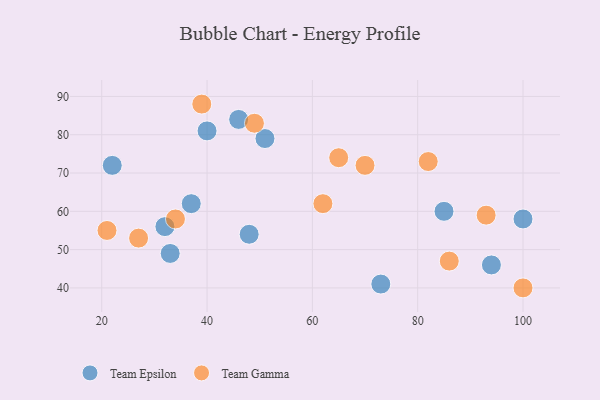
{"axis": {"x": "GDP", "y": "Life Expectancy"}, "legend": ["Team Epsilon", "Team Gamma"], "data": [{"x": "85", "y": 60, "type": "Team Epsilon"}, {"x": "46", "y": 84, "type": "Team Epsilon"}, {"x": "22", "y": 72, "type": "Team Epsilon"}, {"x": "40", "y": 81, "type": "Team Epsilon"}, {"x": "33", "y": 49, "type": "Team Epsilon"}, {"x": "73", "y": 41, "type": "Team Epsilon"}, {"x": "94", "y": 46, "type": "Team Epsilon"}, {"x": "100", "y": 58, "type": "Team Epsilon"}, {"x": "48", "y": 54, "type": "Team Epsilon"}, {"x": "37", "y": 62, "type": "Team Epsilon"}, {"x": "51", "y": 79, "type": "Team Epsilon"}, {"x": "32", "y": 56, "type": "Team Epsilon"}, {"x": "93", "y": 59, "type": "Team Gamma"}, {"x": "65", "y": 74, "type": "Team Gamma"}, {"x": "82", "y": 73, "type": "Team Gamma"}, {"x": "21", "y": 55, "type": "Team Gamma"}, {"x": "27", "y": 53, "type": "Team Gamma"}, {"x": "70", "y": 72, "type": "Team Gamma"}, {"x": "62", "y": 62, "type": "Team Gamma"}, {"x": "49", "y": 83, "type": "Team Gamma"}, {"x": "100", "y": 40, "type": "Team Gamma"}, {"x": "34", "y": 58, "type": "Team Gamma"}, {"x": "39", "y": 88, "type": "Team Gamma"}, {"x": "86", "y": 47, "type": "Team Gamma"}]}